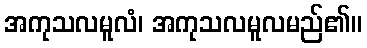
အကုသလမူလံ၊ အကုသလမူလမည်၏။